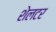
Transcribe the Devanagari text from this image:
शेलटर